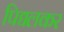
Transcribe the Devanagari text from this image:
पिद्यलकर